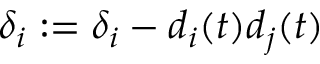
\delta _ { i } : = \delta _ { i } - d _ { i } ( t ) d _ { j } ( t )